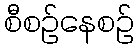
စီစဉ်နေစဉ်